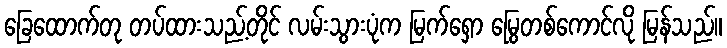
ခြေထောက်တု တပ်ထားသည့်တိုင် လမ်းသွားပုံက မြက်ရှော မြွေတစ်ကောင်လို မြန်သည်။